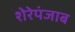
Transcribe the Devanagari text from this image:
शेरेपंजाब